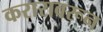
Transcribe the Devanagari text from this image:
करारावरून